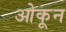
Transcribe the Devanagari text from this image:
ओकून